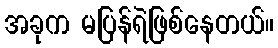
အခုက မပြန်ရဲဖြစ်နေတယ်။